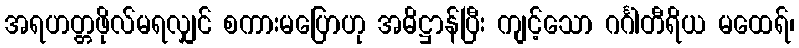
အရဟတ္တဖိုလ်မရလျှင် စကားမပြောဟု အဓိဋ္ဌာန်ပြီး ကျင့်သော ဂင်္ဂါတီရိယ မထေရ်၊